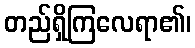
တည်ရှိကြလေရာ၏၊